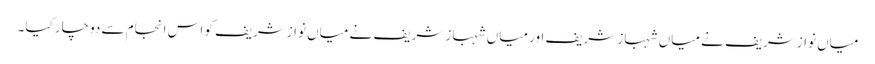
میاں نوازشریف نے میاں شہباز شریف اور میاں شہباز شریف نے میاں نوازشریف کو اس انجام سے دوچار کیا۔